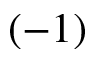
( - 1 )